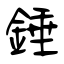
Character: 錘